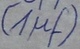
Text: (1µf)